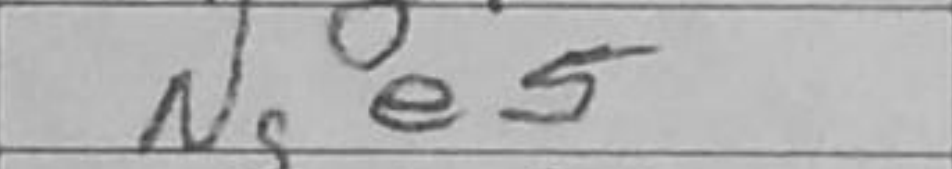
Transcription: Nge5